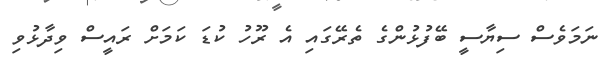
ނަމަވެސް ސިޔާސީ ބޭފުޅުންގެ ތެރޭގައި އެ ރޫހު ކުޑަ ކަމަށް ރައީސް ވިދާޅުވި